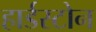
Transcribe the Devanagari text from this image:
हार्डस्टोन